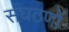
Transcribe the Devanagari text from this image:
संघठणों